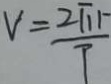
v = \frac { 2 \pi r } { T }